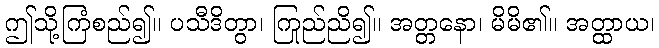
ဤသို့ကြံစည်၍။ ပသီဒိတွာ၊ ကြည်ညို၍။ အတ္တနော၊ မိမိ၏။ အတ္ထာယ၊